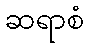
ဆရာစံ